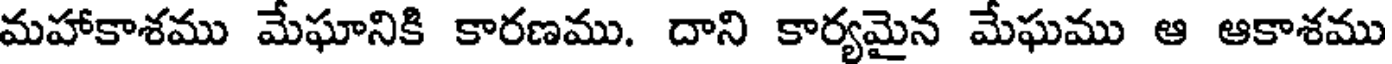
మహాకాశము మేఘానికి కారణము. దాని కార్యమైన మేఘము ఆ ఆకాశము